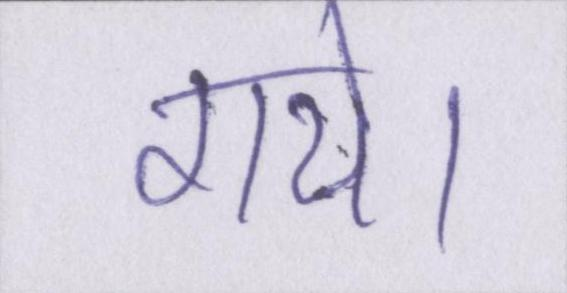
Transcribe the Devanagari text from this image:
गये।